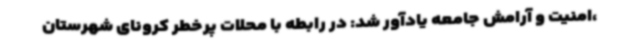
،امنیت و آرامش جامعه یادآور شد: در رابطه با محلات پرخطر کرونای شهرستان